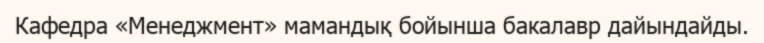
Кафедра «Менеджмент» мамандық бойынша бакалавр дайындайды.